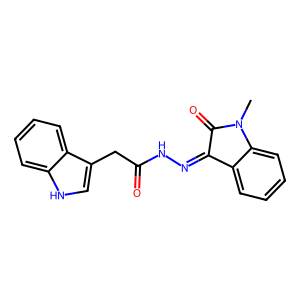
SMILES: CN1C(=O)C(=NNC(=O)Cc2c[nH]c3ccccc23)c2ccccc21
Inhibits HIV replication: No